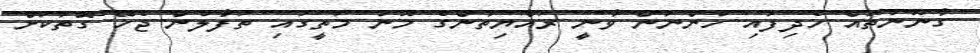
ގާނޫނުތައް ހެދިފައި ހުންނަން ވާނީ ރައްޔިތުންގެ މޫނު މަތީގައި ތަފާލުން ޖެހޭ ގޮތަކަށް